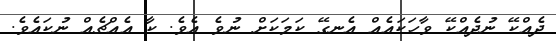
ދެއްކޭ ނުދެއްކޭ ވާހަކައެއް އެނގޭ ކަމަކަށް ނުވެ އެވެ. ކާ އެއްޗެއް ނުކައެވެ.